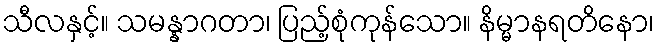
သီလနှင့်။ သမန္နာဂတာ၊ ပြည့်စုံကုန်သော။ နိမ္မာနရတိနော၊